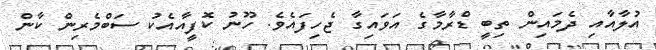
އުލާއާއި ދެމައިން ތިބީ ޑްރާމާގެ އަވައިގާ ޖެހިފައެވެ. ހޫނު ކޮފީއާއެކު ސަބްމެރިން ކާން